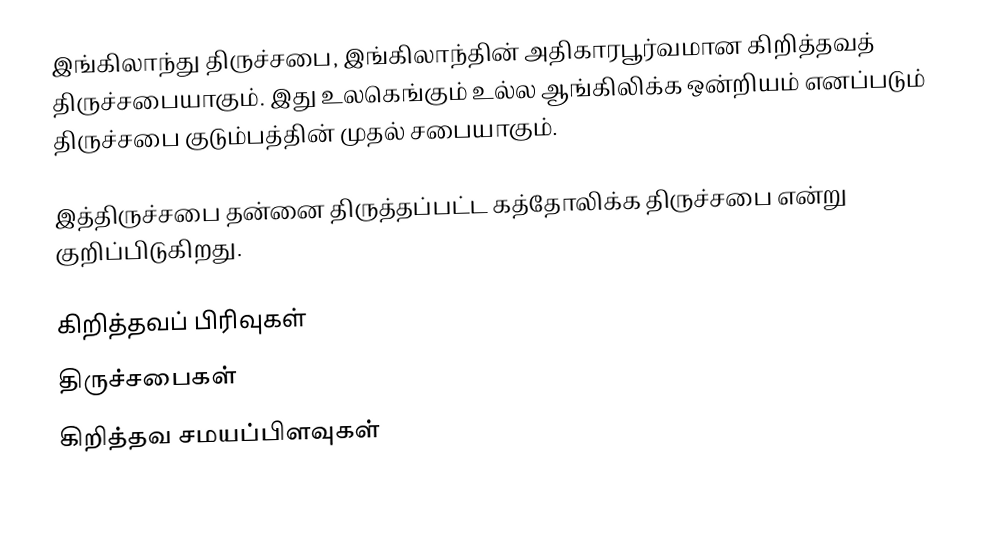
இங்கிலாந்து திருச்சபை, இங்கிலாந்தின் அதிகாரபூர்வமான கிறித்தவத் திருச்சபையாகும். இது உலகெங்கும் உல்ல ஆங்கிலிக்க ஒன்றியம் எனப்படும் திருச்சபை குடும்பத்தின் முதல் சபையாகும்.

இத்திருச்சபை தன்னை திருத்தப்பட்ட கத்தோலிக்க திருச்சபை என்று குறிப்பிடுகிறது.

கிறித்தவப் பிரிவுகள்
திருச்சபைகள்
கிறித்தவ சமயப்பிளவுகள்